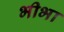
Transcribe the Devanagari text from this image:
भीभा